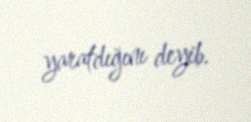
yaratdığını deyib.